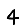
Digit: 4